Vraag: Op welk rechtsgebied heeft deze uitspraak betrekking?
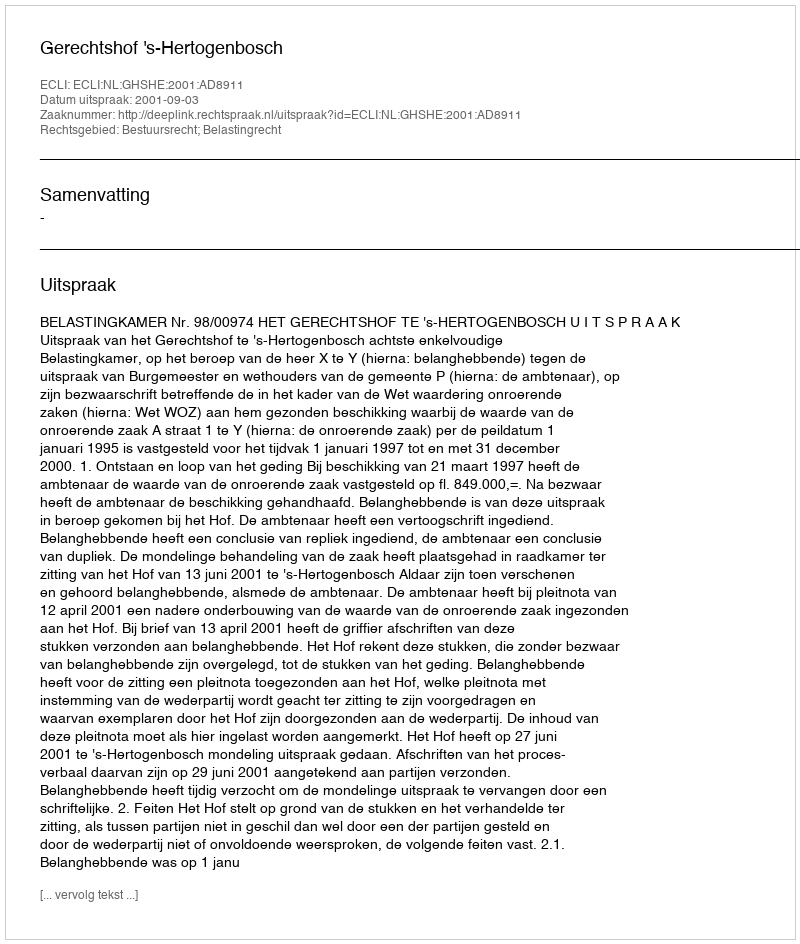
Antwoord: Bestuursrecht; Belastingrecht